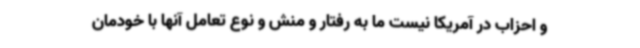
و احزاب در آمریکا نیست ما به رفتار و منش و نوع تعامل آنها با خودمان